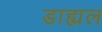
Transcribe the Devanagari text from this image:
डाह्यल